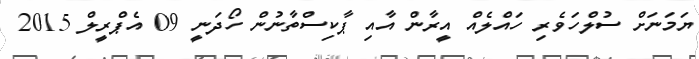
ޔަމަނަށް ސުލްހަވެރި ހައްލެއް އީރާން އާއި ޕާކިސްތާނުން ހޯދަނީ 09 އެޕްރީލް 2015